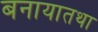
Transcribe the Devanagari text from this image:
बनायातथा